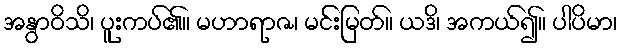
အနွာဝိသိ၊ ပူးကပ်၏။ မဟာရာဇ၊ မင်းမြတ်။ ယဒိ၊ အကယ်၍။ ပါပိမာ၊